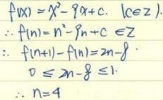
已知\(f(n)=n^{2}-9n + c\ (c\in Z)\)，所以\(f(n)=n^{2}-9n + c\in Z\)。

又\(f(n + 1)-f(n)=2n - 8\)，所以\(2n - 8\leqslant1\)，解得\(n\leqslant4.5\)。

因为\(n\in N\)，所以\(n = 4\)。

（若按原内容不补充逻辑步骤则为：
\(f(n)=n^{2}-9n + c\ (c\in Z)\)
\(\therefore f(n)=n^{2}-9n + c\in Z\)
\(f(n + 1)-f(n)=2n - 8\)
\(\therefore 2n - 8\leqslant1\)
\(n = 4\)）